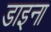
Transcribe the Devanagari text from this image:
डाइना